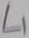
Text: L1